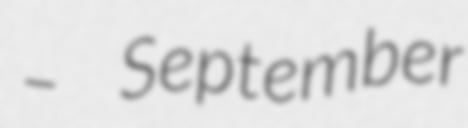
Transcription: – September